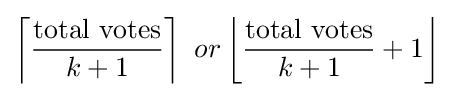
\left\lceil {\frac {\text{total votes}}{k+1}}\right\rceil \ or\left\lfloor {\frac {\text{total votes}}{k+1}}+1\right\rfloor